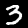
Digit: 3